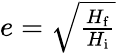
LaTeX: \textstyle e={\sqrt{\frac{H_{\mathrm{f}}}{H_{\mathrm{i}}}}}